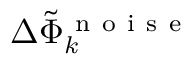
\Delta \tilde { \Phi } _ { k } ^ { \mathrm { ~ n ~ o ~ i ~ s ~ e ~ } }